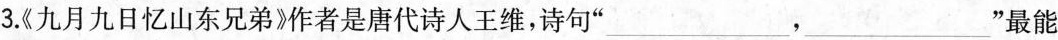
3.《九月九日忆山东兄弟》作者是唐代诗人王维，诗句” ___，___ ”最能